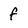
Character: f